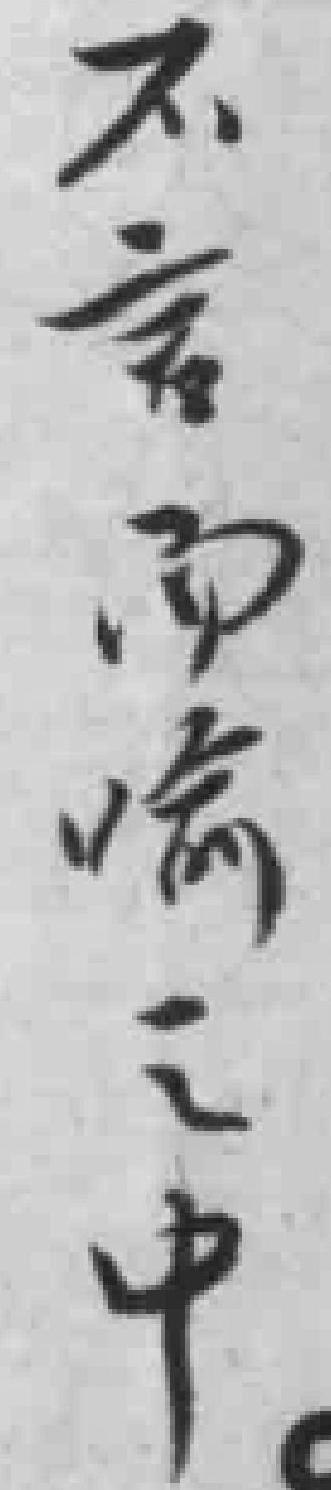
不言而喻之中